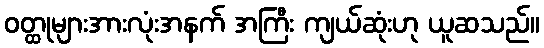
ဝတ္ထုများအားလုံးအနက် အကြီး ကျယ်ဆုံးဟု ယူဆသည်။